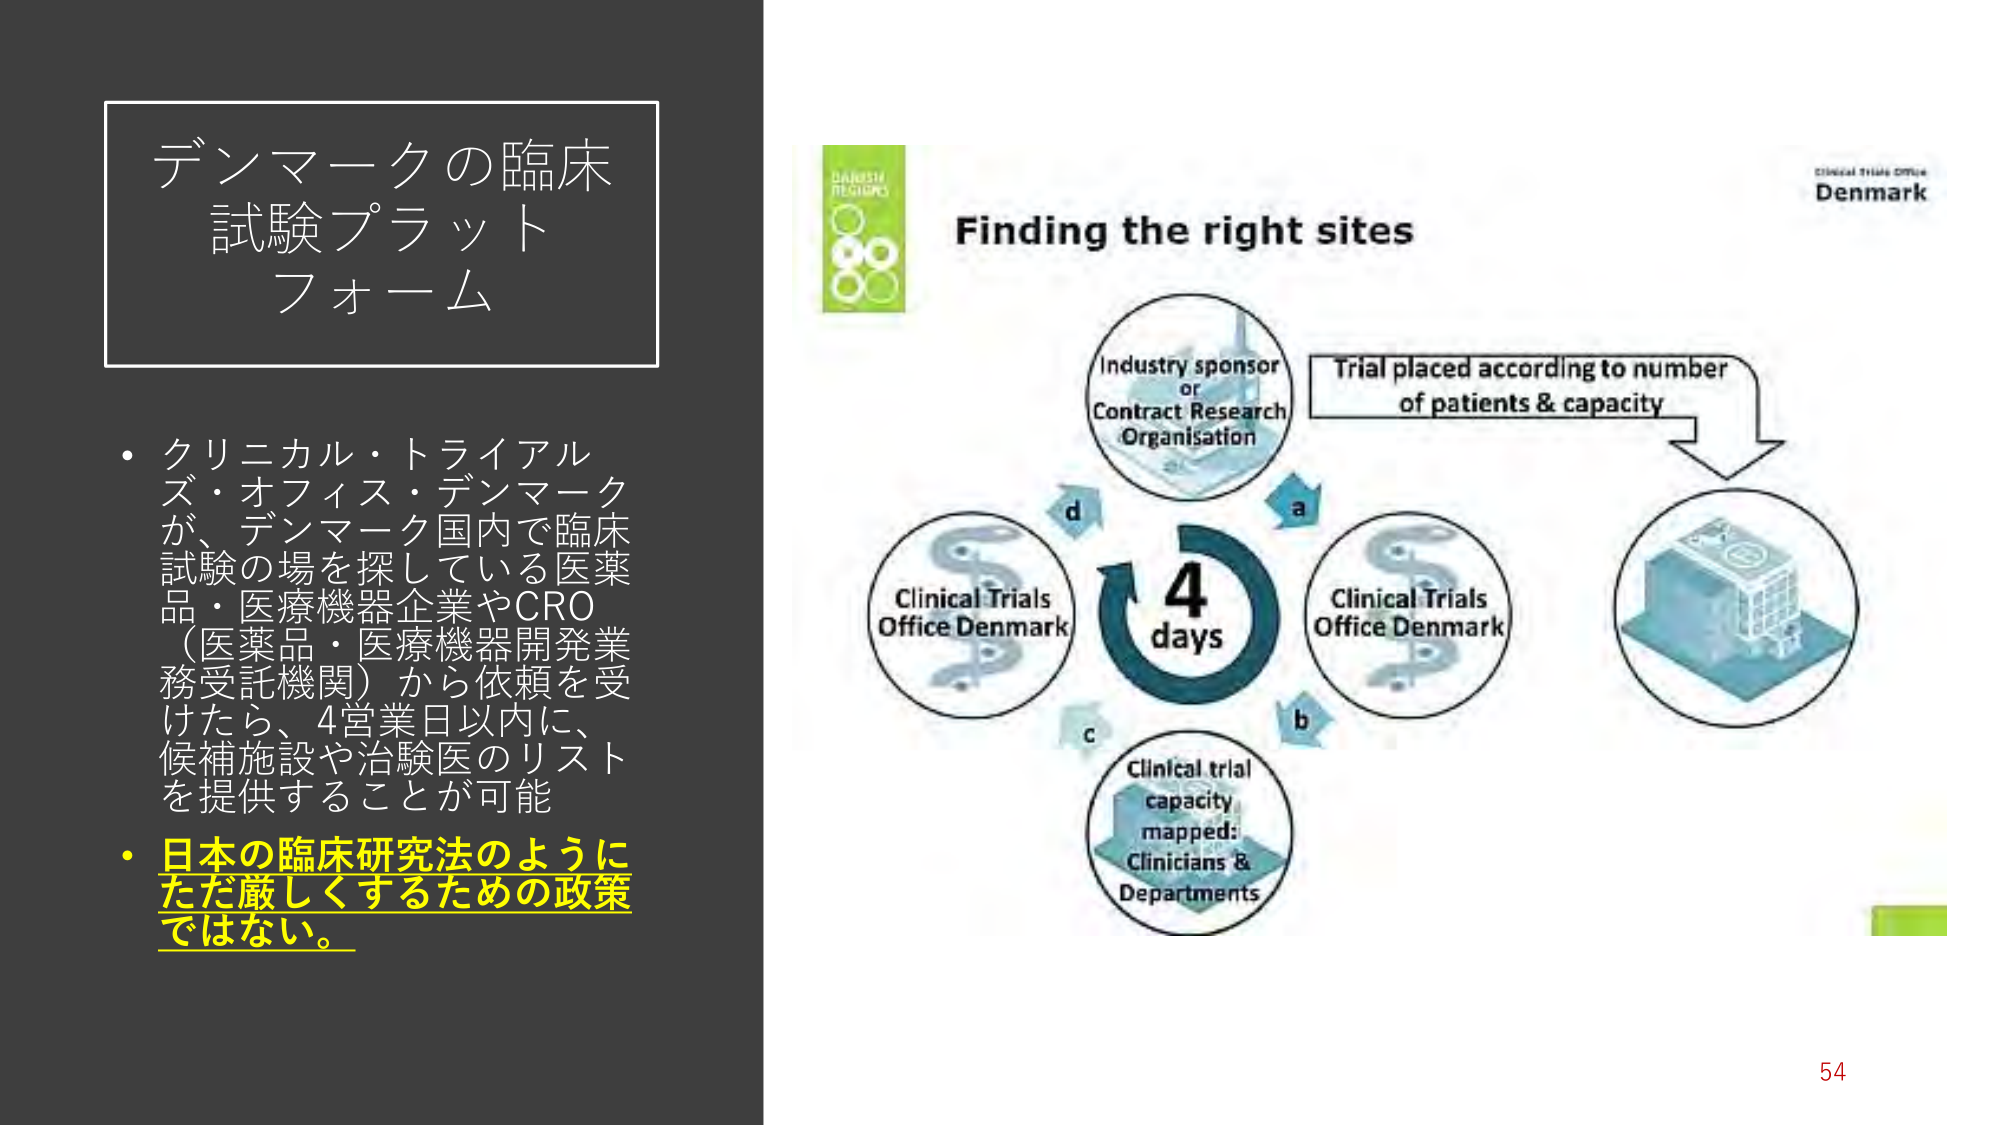
デンマークの臨床
試験プラット
フォーム

・クリニカル・トライアル
ズ・オフィス・デンマーク
が、デンマーク国内で臨床
試験の場を探している医薬
品・医療機器企業やCRO
（医薬品・医療機器開発業
務受託機関）から依頼を受
けたら、4営業日以内に、
候補施設や治験医のリスト
を提供することが可能

・日本の臨床研究法のように
ただ厳しくするための政策
ではない。

Finding the right sites

Industry sponsor
or
Contract Research
Organisation

Trial placed according to number
of patients & capacity

Clinical Trials
Office Denmark

4
days

Clinical Trials
Office Denmark

Clinical trial
capacity
mapped:
Clinicians &
Departments

CLINICAL TRIALS OFFICE
Denmark

54